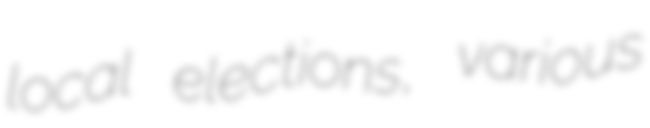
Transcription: local elections, various